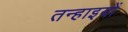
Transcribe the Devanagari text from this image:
तन्हाइयों